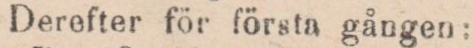
Derefter för första gången: